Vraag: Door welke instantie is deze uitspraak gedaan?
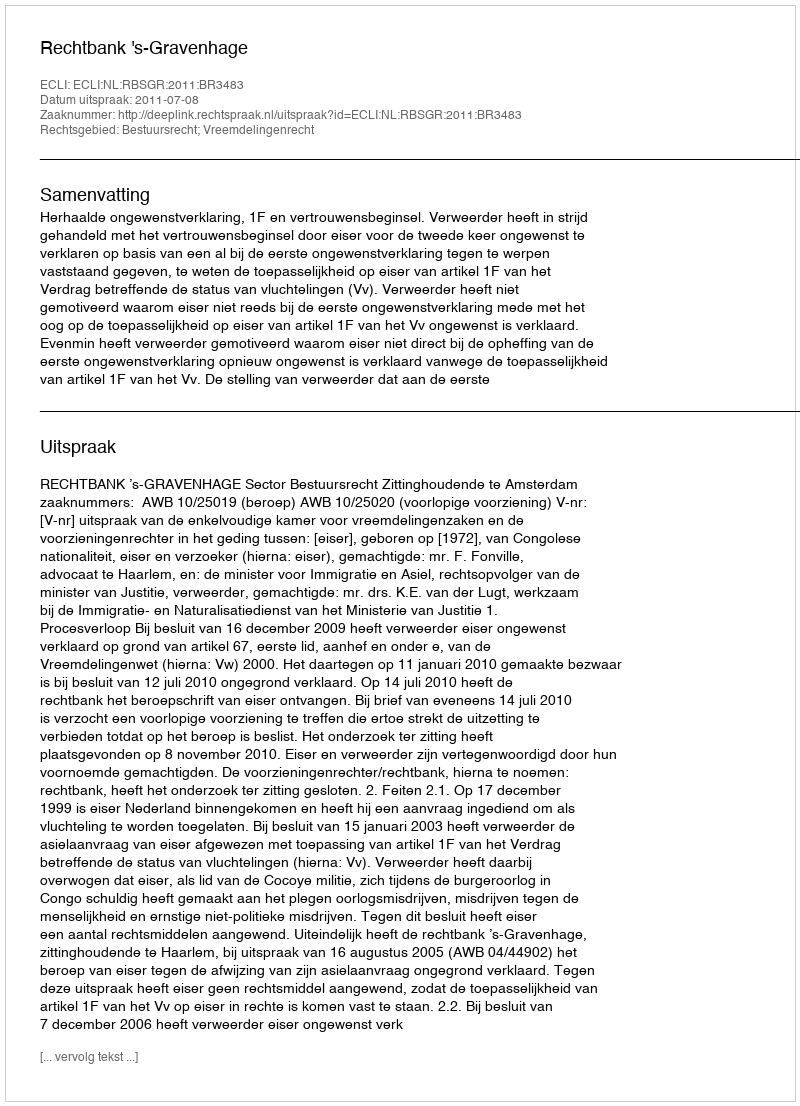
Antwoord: Rechtbank 's-Gravenhage